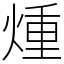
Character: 煄